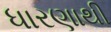
ધારણાથી